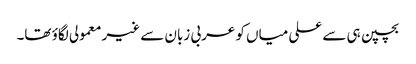
بچپن ہی سے علی میاں کو عربی زبان سے غیر معمولی لگاؤ تھا۔